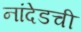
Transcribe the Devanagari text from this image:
नांदेडची